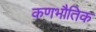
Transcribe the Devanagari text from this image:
कणभौतिक